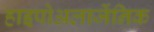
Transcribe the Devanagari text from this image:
हाइपोअलार्जेनिक